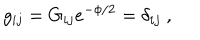
LaTeX: g _ { i j } = G _ { i j } e ^ { - \phi / 2 } = \delta _ { i j } \ ,